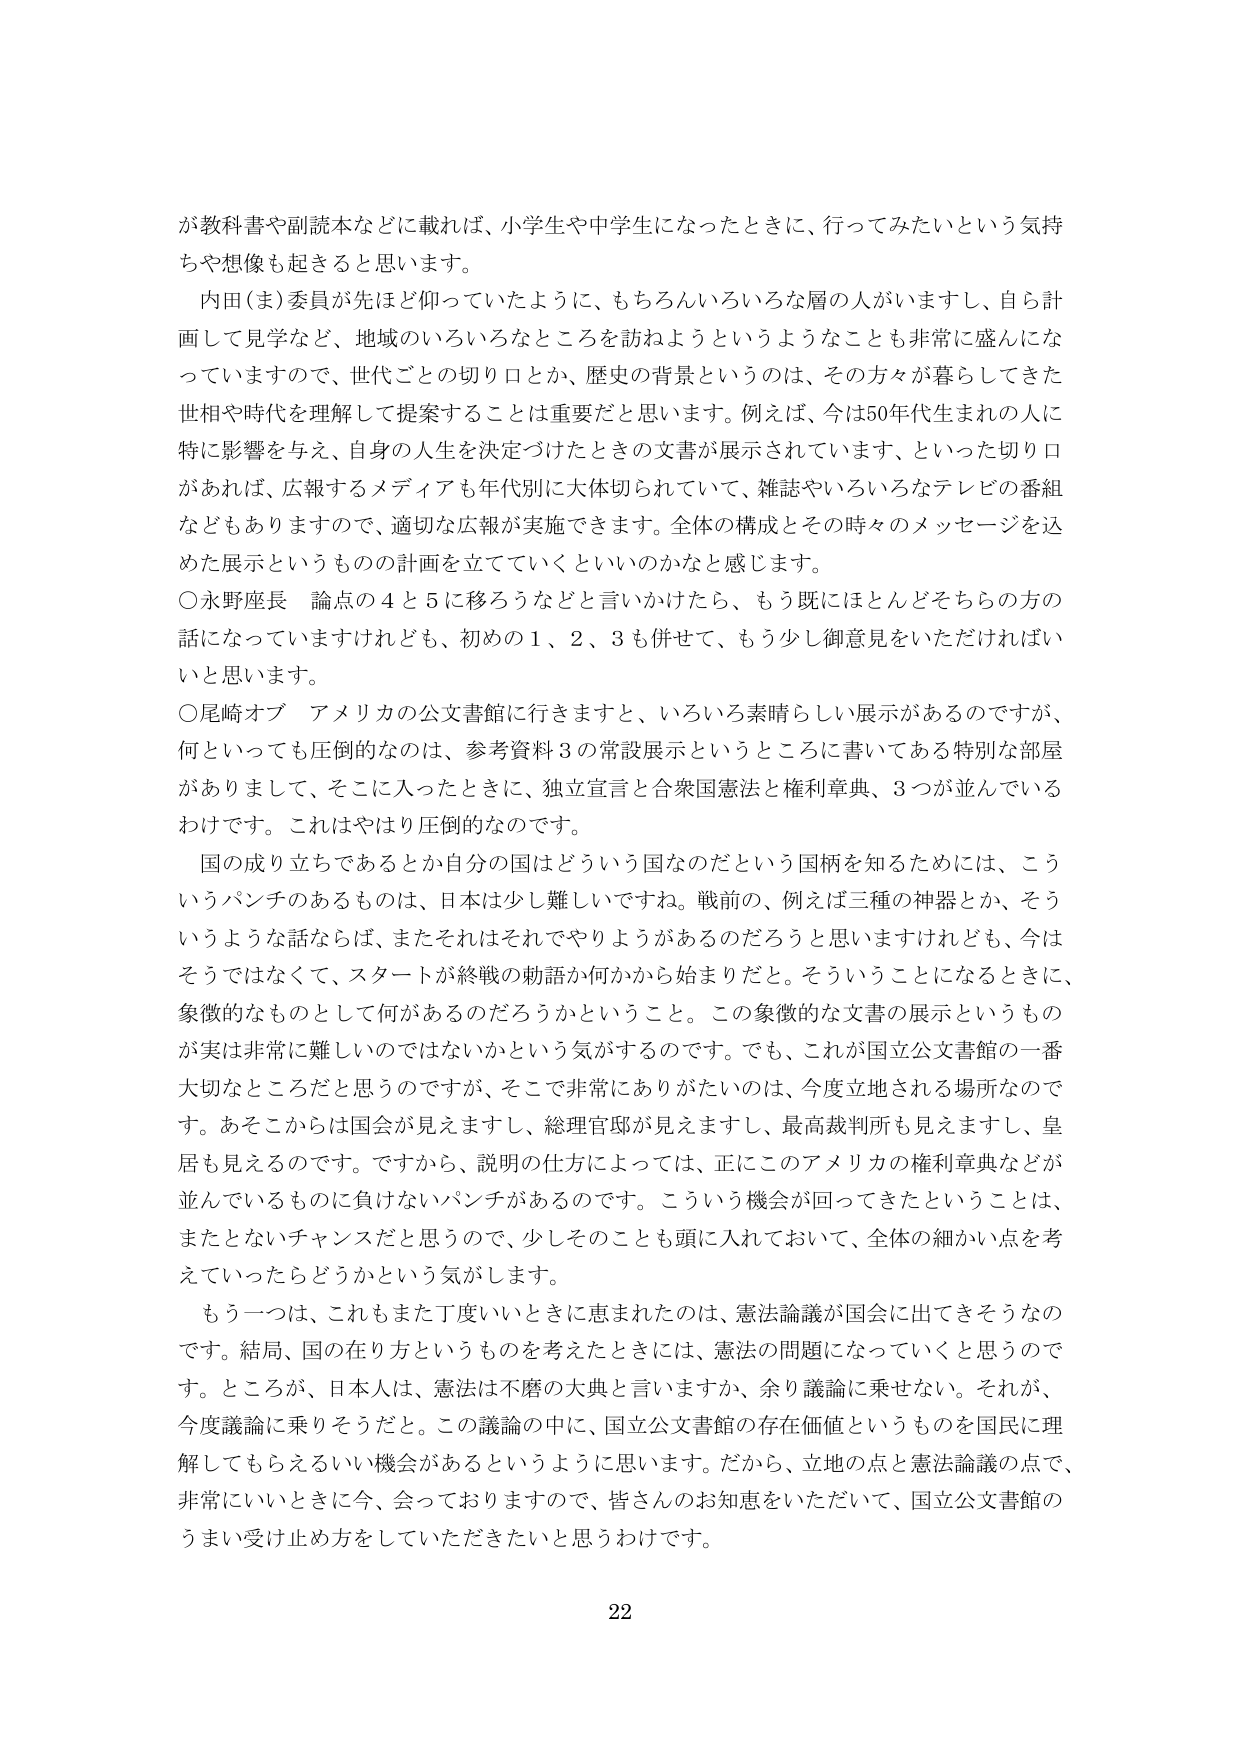
が教科書や副読本などに載れば、小学生や中学生になったときに、行ってみたいという気持ちや想像も起きると思います。

内田（ま）委員が先ほど仰っていたように、もちろんいろいろな層の人がいますし、自ら計画して見学など、地域のいろいろなところを訪ねようというようなことも非常に盛んになっていますので、世代ごとの切り口とか、歴史の背景というのは、その方々が暮らしてきた世相や時代を理解して提案することは重要だと思います。例えば、今は50年代生まれの人に特に影響を与え、自身の人生を決定づけたときの文書が展示されています、といった切り口があれば、広報するメディアも年代別に大体切られていて、雑誌やいろいろなテレビの番組などもありますので、適切な広報が実施できます。全体の構成とその時々のメッセージを込めた展示というものの計画を立てていくといいのかなと感じます。

○永野座長　論点の４と５に移ろうなどと言いかけたら、もう既にほとんどそちらの方の話になっていますけれども、初めの１、２、３も併せて、もう少し御意見をいただければいいと思います。

○尾崎オブ　アメリカの公文書館に行きますと、いろいろ素晴らしい展示があるのですが、何といっても圧倒的なのは、参考資料３の常設展示というところに書いてある特別な部屋がありまして、そこに入ったときに、独立宣言と合衆国憲法と権利章典、３つが並んでいるわけです。これはやはり圧倒的なのです。

国の成り立ちであるとか自分の国はどういう国なのだという国柄を知るためには、こういうパンチのあるものは、日本は少し難しいですね。戦前の、例えば三種の神器とか、そういうような話ならば、またそれはそれでやりようがあるのだろうと思いますけれども、今はそうではなくて、スタートが終戦の勅語か何かから始まりだと。そういうことになるときに、象徴的なものとして何があるのだろうかということ。この象徴的な文書の展示というものが実是非常に難しいのではないかという気がするのです。でも、これが国立公文書館の一番大切なところだと思うのですが、そこで非常にありがたいのは、今度立地される場所なのです。あそこからは国会が見えますし、総理官邸が見えますし、最高裁判所も見えますし、皇居も見えるのです。ですから、説明の仕方によっては、正にこのアメリカの権利章典などが並んでいるものに負けないパンチがあるのです。こういう機会が回ってきたということは、またとないチャンスだと思うので、少しそのことも頭に入れておいて、全体の細かい点を考えていったらどうかという気がします。

もう一つは、これもまた丁度いいときに恵まれたのは、憲法論議が国会に出てきそうなのです。結局、国の在り方というものを考えたときには、憲法の問題になっていくと思うのです。ところが、日本人は、憲法は不磨の大典と言いますか、余り議論に乗せない。それが、今度議論に乗りそうだと。この議論の中に、国立公文書館の存在価値というものを国民に理解してもらえるいい機会があるというように思います。だから、立地の点と憲法論議の点で、非常にいいときに今、会っておりますので、皆さんのお知恵をいただいて、国立公文書館のうまい受け止め方をしていただきたいと思うわけです。

22